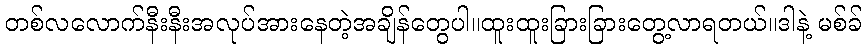
တစ်လလောက်နီးနီးအလုပ်အားနေတဲ့အချိန်တွေပါ။ထူးထူးခြားခြားတွေ့လာရတယ်။ဒါနဲ့ မစ်ခ်